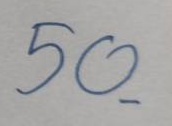
50